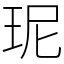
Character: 𤤗